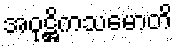
အဝုဋ္ဌိကသမောတိ